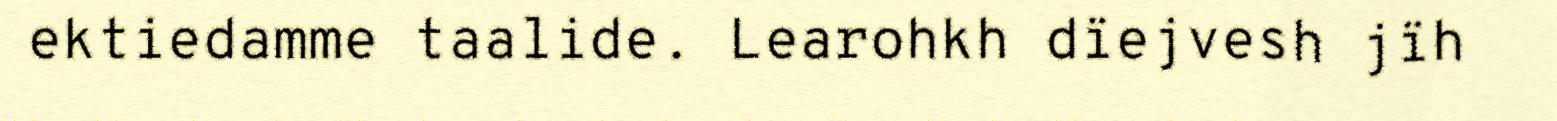
ektiedamme taalide. Learohkh dïejvesh jïh